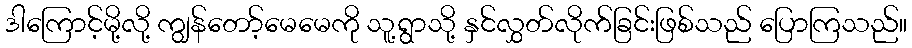
ဒါကြောင့်မို့လို့ ကျွန်တော့်မေမေကို သူ့ရွာသို့ နှင်လွှတ်လိုက်ခြင်းဖြစ်သည် ပြောကြသည်။